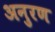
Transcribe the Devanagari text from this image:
अनुरण